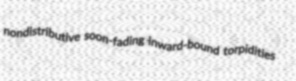
nondistributive soon-fading inward-bound torpidities